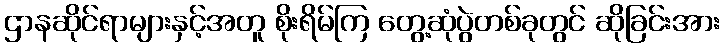
ဌာနဆိုင်ရာများနှင့်အတူ စိုးရိမ်ကြ တွေ့ဆုံပွဲတစ်ခုတွင် ဆိုခြင်းအား